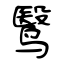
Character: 鹥